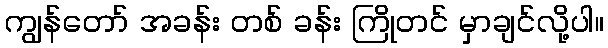
ကျွန်တော် အခန်း တစ် ခန်း ကြိုတင် မှာချင်လို့ပါ။